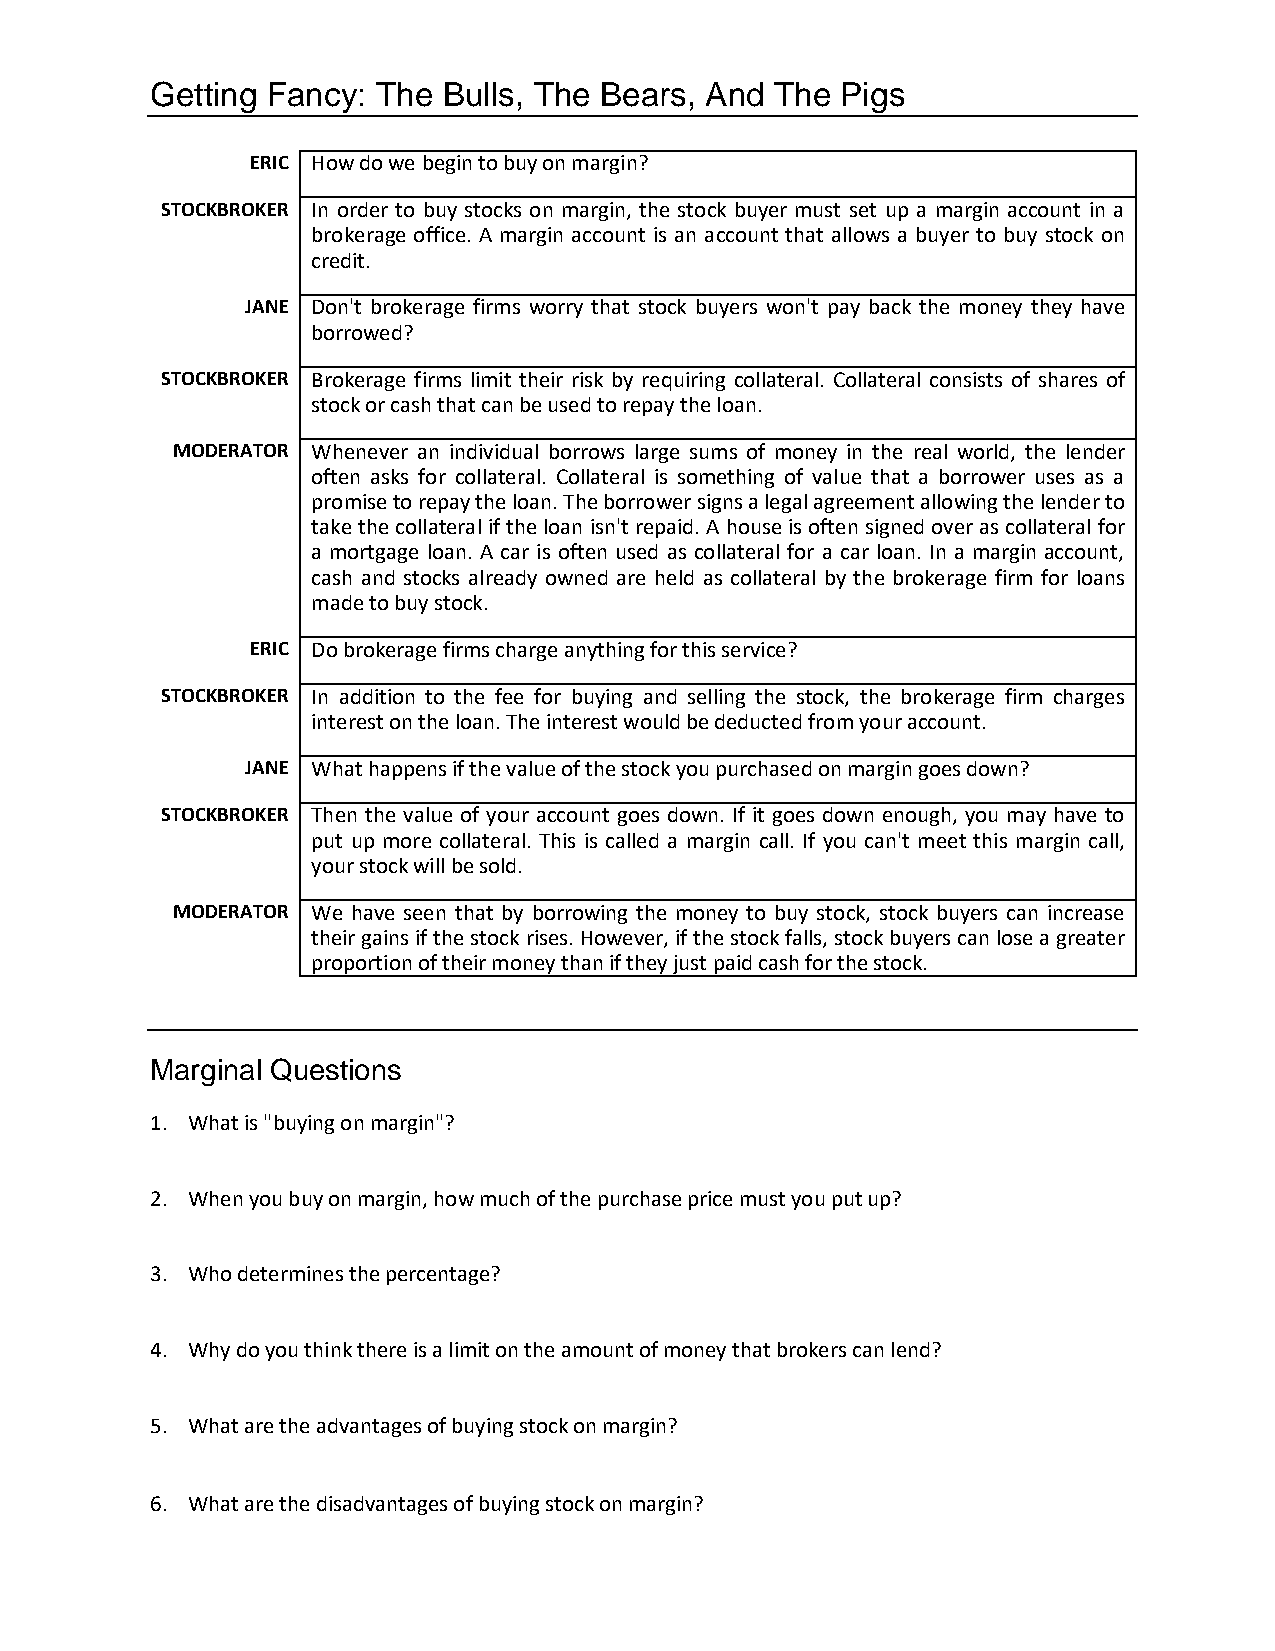
Getting Fancy: The Bulls, The Bears, And The  Pigs
 ERIC How do we begin to buy on margin?
 STOCKBROKER In order to buy stocks on margin, the stock buyer must set up a margin account in a
 brokerage office. A margin account is an account that allows a buyer to buy stock on
 credit.
 JANE Don't brokerage firms worry that stock buyers won't pay back the money they have
 borrowed?
 STOCKBROKER Brokerage firms limit their risk by requiring collateral. Collateral consists of shares of
 stock or cash that can be used to repay the loan.
 MODERATOR Whenever an individual borrows large sums of money in the real world, the lender
 often asks for collateral. Collateral is something of value that a borrower uses as a
 promise to repay the loan. The borrower signs a legal agreement allowing the lender to
 take the collateral if the loan isn't repaid. A house is often signed over as collateral for
 a mortgage loan. A car is often used as collateral for a car loan. In a margin account,
 cash and stocks already owned are held as collateral by the brokerage firm for loans
 made to buy stock.
 ERIC Do brokerage firms charge anything for this service?
 STOCKBROKER In addition to the fee for buying and selling the stock, the brokerage firm charges
 interest on the loan. The interest would be deducted from your account.
 JANE What happens if the value of the stock you purchased on margin goes down?
 STOCKBROKER Then the value of your account goes down. If it goes down enough, you may have to
 put up more collateral. This is called a margin call. If you can't meet this margin call,
 your stock will be sold.
 MODERATOR We have seen that by borrowing the money to buy stock, stock buyers can increase
 their gains if the stock rises. However, if the stock falls, stock buyers can lose a greater
 proportion of their money than if they just paid cash for the stock.
 Marginal Questions
 1. What is "buying on margin"?
 2. When you buy on margin, how much of the purchase price must you put up?
 3. Who determines the percentage?
 4. Why do you think there is a limit on the amount of money that brokers can lend?
 5. What are the advantages of buying stock on margin?
 6. What are the disadvantages of buying stock on margin?